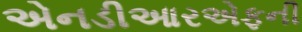
એનડીઆરએફની